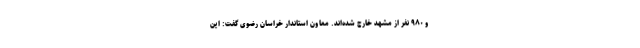
و ۹۸۰ نفر از مشهد خارج شده‌اند. معاون استاندار خراسان رضوی گفت: این